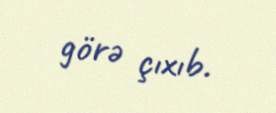
görə çıxıb.